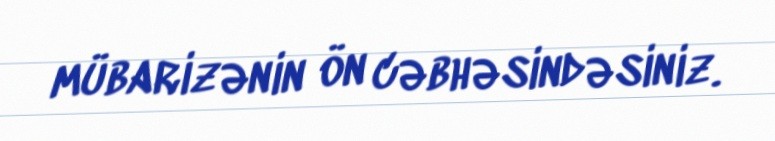
mübarizənin ön cəbhəsindəsiniz.